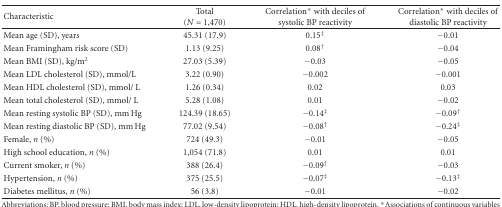
<table><thead><tr><td><b>Characteristic</b></td><td><b>Total (<i>N</i> = 1,470)</b></td><td><b>Correlation* with deciles of systolic BP reactivity</b></td><td><b>Correlation* with deciles of diastolic BP reactivity</b></td></tr></thead><tbody><tr><td>Mean age (SD), years</td><td>45.31 (17.9)</td><td>0.15<sup>‡</sup></td><td>−0.01</td></tr><tr><td>Mean Framingham risk score (SD)</td><td>1.13 (9.25)</td><td>0.08<sup>†</sup></td><td>−0.04</td></tr><tr><td>Mean BMI (SD), kg/m<sup>2</sup></td><td>27.03 (5.39)</td><td>−0.03</td><td>−0.05</td></tr><tr><td>Mean LDL cholesterol (SD), mmol/L</td><td>3.22 (0.90)</td><td>−0.002</td><td>−0.001</td></tr><tr><td>Mean HDL cholesterol (SD), mmol/ L</td><td>1.26 (0.34)</td><td>0.02</td><td>0.03</td></tr><tr><td>Mean total cholesterol (SD), mmol/ L</td><td>5.28 (1.08)</td><td>0.01</td><td>−0.02</td></tr><tr><td>Mean resting systolic BP (SD), mm Hg</td><td>124.39 (18.65)</td><td>−0.14<sup>‡</sup></td><td>−0.09<sup>†</sup></td></tr><tr><td>Mean resting diastolic BP (SD), mm Hg</td><td>77.02 (9.54)</td><td>−0.08<sup>†</sup></td><td>−0.24<sup>‡</sup></td></tr><tr><td>Female, <i>n </i>(%)</td><td>724 (49.3)</td><td>−0.01</td><td>−0.05</td></tr><tr><td>High school education, <i>n </i>(%)</td><td>1,054 (71.8)</td><td>0.01</td><td>0.01</td></tr><tr><td>Current smoker, <i>n </i>(%)</td><td>388 (26.4)</td><td>−0.09<sup>†</sup></td><td>−0.03</td></tr><tr><td>Hypertension, <i>n </i>(%)</td><td>375 (25.5)</td><td>−0.07<sup>‡</sup></td><td>−0.13<sup>‡</sup></td></tr><tr><td>Diabetes mellitus, <i>n </i>(%)</td><td>56 (3.8)</td><td>−0.01</td><td>−0.02</td></tr></tbody></table>